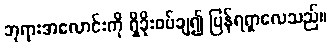
ဘုရားအလောင်းကို ရှိခိုးဝပ်ချ၍ ပြန်ရရှာလေသည်။